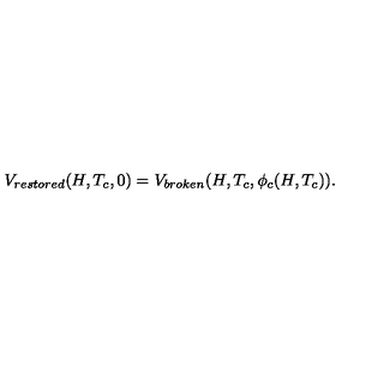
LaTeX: V _ { r e s t o r e d } ( H , T _ { c } , 0 ) = V _ { b r o k e n } ( H , T _ { c } , \phi _ { c } ( H , T _ { c } ) ) .